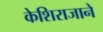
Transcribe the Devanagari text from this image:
केशिराजाने